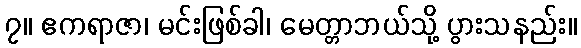
၇။ ဧကရာဇာ၊ မင်းဖြစ်ခါ၊ မေတ္တာဘယ်သို့ ပွားသနည်း။